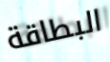
البطاقة